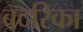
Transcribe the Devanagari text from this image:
बदरिका